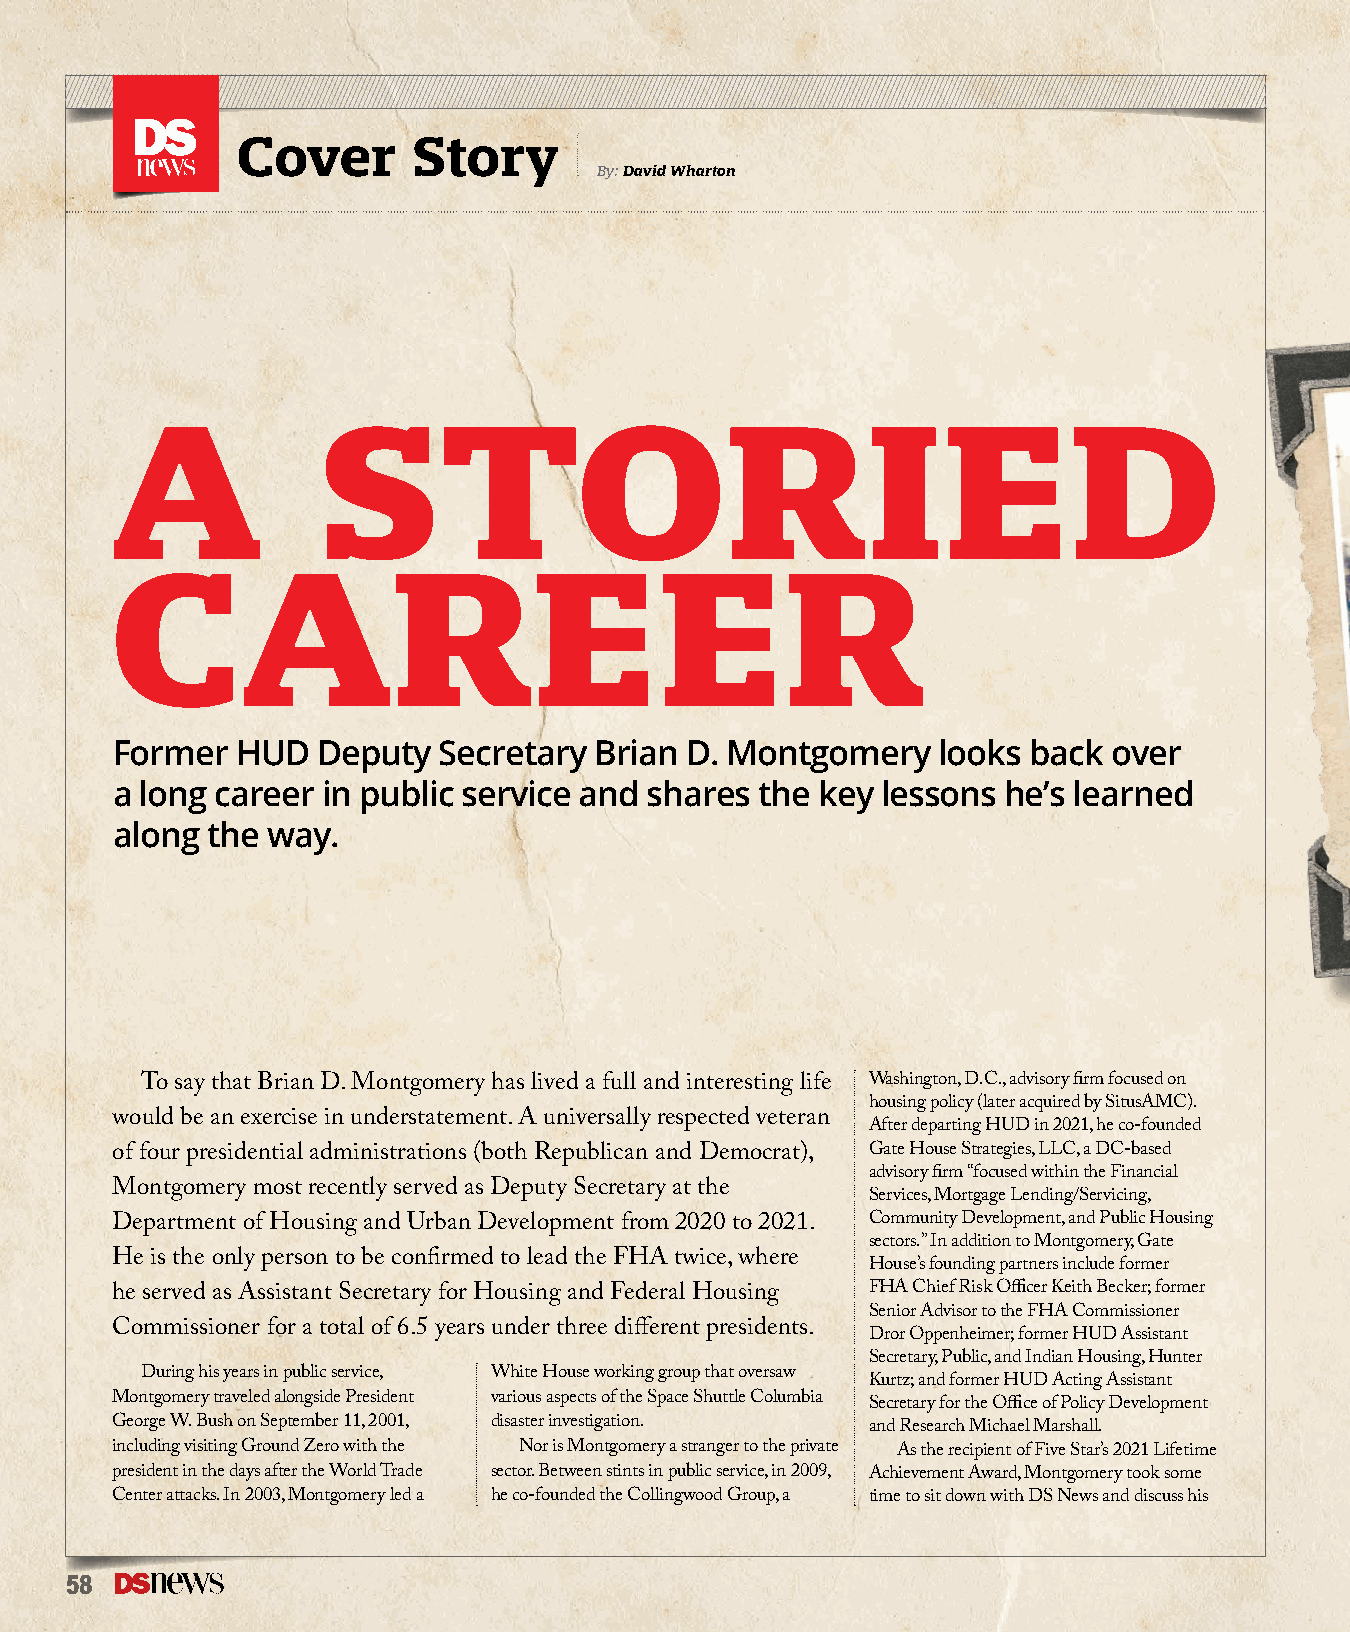
Cover      Story
 By: David Wharton
 A             STORIED
 CAREER
 Former   HUD  Deputy  Secretary Brian D. Montgomery    looks back  over
 a long career in public service and shares the key lessons  he’s learned
 along  the way.
 To say that Brian D. Montgomery has lived a full and interesting life Washington, D.C., advisory firm focused on
 housing policy (later acquired by SitusAMC).
 would be an exercise in understatement. A universally respected veteran
 After departing HUD in 2021, he co-founded
 of four presidential administrations (both Republican and Democrat), Gate House Strategies, LLC, a DC-based
 advisory firm “focused within the Financial
 Montgomery most recently served as Deputy Secretary at the
 Services, Mortgage Lending/Servicing,
 Department of Housing and Urban Development from 2020 to 2021. Community Development, and Public Housing
 sectors.” In addition to Montgomery, Gate
 He is the only person to be confirmed to lead the FHA twice, where
 House’s founding partners include former
 he served as Assistant Secretary for Housing and Federal Housing FHA Chief Risk Officer Keith Becker; former
 Senior Advisor to the FHA Commissioner
 Commissioner for a total of 6.5 years under three different presidents.
 Dror Oppenheimer; former HUD Assistant
 Secretary, Public, and Indian Housing, Hunter
 During his years in public service, White House working group that oversaw
 Kurtz; and former HUD Acting Assistant
 Montgomery traveled alongside President various aspects of the Space Shuttle Columbia
 Secretary for the Office of Policy Development
 George W. Bush on September 11, 2001, disaster investigation. and Research Michael Marshall.
 including visiting Ground Zero with the Nor is Montgomery a stranger to the private As the recipient of Five Star’s 2021 Lifetime
 president in the days after the World Trade sector. Between stints in public service, in 2009, Achievement Award, Montgomery took some
 Center attacks. In 2003, Montgomery led a he co-founded the Collingwood Group, a time to sit down with DS News and discuss his
 58